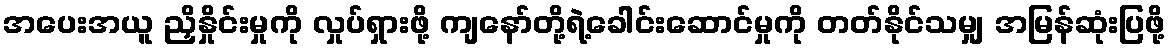
အပေးအယူ ညှိနှိုင်းမှုကို လှုပ်ရှားဖို့ ကျနော်တို့ရဲ့ခေါင်းဆောင်မှုကို တတ်နိုင်သမျှ အမြန်ဆုံးပြဖို့